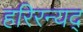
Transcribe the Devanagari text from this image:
हरिरन्यद्